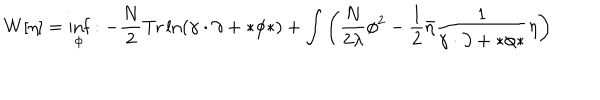
LaTeX: W [ \eta ] = \inf _ { \phi } : - \frac { N } { 2 } \mathrm { T r } \ln \left( \gamma \cdot \partial + * \phi * \right) + \int \left( \frac { N } { 2 \lambda } \phi ^ { 2 } - \frac { 1 } { 2 } \bar { \eta } \frac { 1 } { \gamma \cdot \partial + * \phi * } \eta \right)